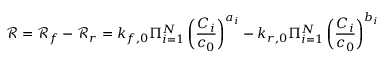
\mathcal { R } = \mathcal { R } _ { f } - \mathcal { R } _ { r } = k _ { f , 0 } \Pi _ { i = 1 } ^ { N } \left( \frac { C _ { i } } { c _ { 0 } } \right) ^ { a _ { i } } - k _ { r , 0 } \Pi _ { i = 1 } ^ { N } \left( \frac { C _ { i } } { c _ { 0 } } \right) ^ { b _ { i } }